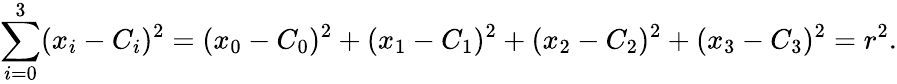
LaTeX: \sum_{i=0}^{3}(x_{i}-C_{i})^{2}=(x_{0}-C_{0})^{2}+(x_{1}-C_{1})^{2}+(x_{2}-C_{2})^{2}+(x_{3}-C_{3})^{2}=r^{2}.